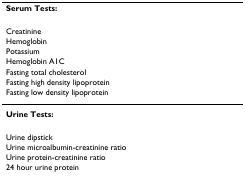
<table><thead><tr><td><b>Serum Tests:</b></td></tr></thead><tbody><tr><td>Creatinine</td></tr><tr><td>Hemoglobin</td></tr><tr><td>Potassium</td></tr><tr><td>Hemoglobin A1C</td></tr><tr><td>Fasting total cholesterol</td></tr><tr><td>Fasting high density lipoprotein</td></tr><tr><td>Fasting low density lipoprotein</td></tr><tr><td><b>Urine Tests:</b></td></tr><tr><td>Urine dipstick</td></tr><tr><td>Urine microalbumin-creatinine ratio</td></tr><tr><td>Urine protein-creatinine ratio</td></tr><tr><td>24 hour urine protein</td></tr></tbody></table>